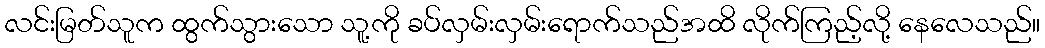
လင်းမြတ်သူက ထွက်သွားသော သူ့ကို ခပ်လှမ်းလှမ်းရောက်သည်အထိ လိုက်ကြည့်လို့ နေလေသည်။